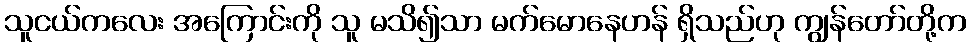
သူငယ်ကလေး အကြောင်းကို သူ မသိ၍သာ မက်မောနေဟန် ရှိသည်ဟု ကျွန်တော်တို့က